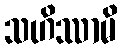
သဟိဿာမိ